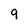
Character: 9